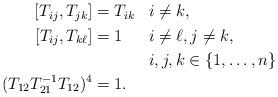
LaTeX: \begin{align*}\begin{aligned}\left[ T_{ij},T_{jk} \right] &= T_{ik} && i \neq k,\\\left[ T_{ij},T_{k\ell} \right] &= 1 && i \neq \ell, j \neq k,\\&&& i,j,k \in \{1,\dots,n\}\\ (T_{12}T_{21}^{-1}T_{12})^4 &= 1.\end{aligned}\end{align*}